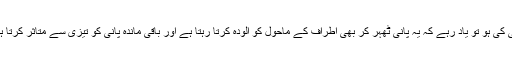
لیکن اگر بات آلودہ یا سیوریج کے پانی کی ہو تو یاد رہے کہ یہ پانی ٹھہر کر بھی اطراف کے ماحول کو آلودہ کرتا رہتا ہے اور باقی ماندہ پانی کو تیزی سے متاثر کرتا ہے خواہ وہ زمین پر ہو یا اس کےاندر۔